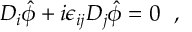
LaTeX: D _ { i } \hat { \phi } + i \epsilon _ { i j } D _ { j } \hat { \phi } = 0 ~ ~ ,